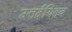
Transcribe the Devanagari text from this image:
उत्तर्दयितव